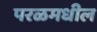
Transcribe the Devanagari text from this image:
परळमधील